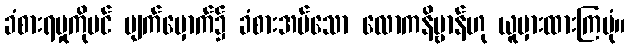
ခံစားရမှုကိုပင် မျက်မှောက်၌ ခံစားအပ်သော လောကနိဗ္ဗာန်ဟု ယူမှားထားကြပုံ။